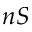
n S